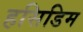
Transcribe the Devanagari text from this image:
हसिडिम